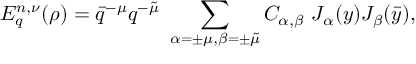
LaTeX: E _ { q } ^ { n , \nu } ( \rho ) = \bar { q } ^ { - \mu } q ^ { - \tilde { \mu } } \ \sum _ { \alpha = \pm \mu , \beta = \pm \tilde { \mu } } C _ { \alpha , \beta } \ J _ { \alpha } ( y ) J _ { \beta } ( \bar { y } ) ,